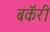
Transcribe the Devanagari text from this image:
बकॅरी